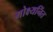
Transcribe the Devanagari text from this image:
मोक्ष्यनिंत